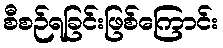
စီစဉ်ရခြင်းဖြစ်ကြောင်း